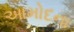
આમોદના